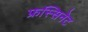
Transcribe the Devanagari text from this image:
फ्रस्सिनेट